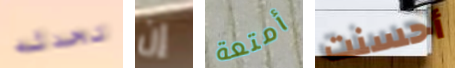
تحدثه إن أمتعة أحسنت